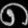
Digit: ၈